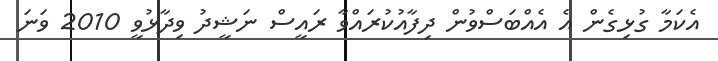
އެކަމާ ގުޅިގެން އެ އެއްބަސްވުން ދިފާއުކުރައްވާ ރައީސް ނަޝީދު ވިދާޅުވީ 2010 ވަނަ